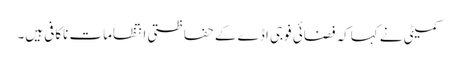
کمیٹی نے کہاکہ فضائی فوجی اڈے کے حفاظتی انتظامات ناکافی ہیں۔